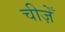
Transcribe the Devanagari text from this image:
चीज़ेँ